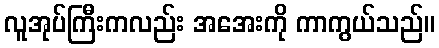
လူအုပ်ကြီးကလည်း အအေးကို ကာကွယ်သည်။